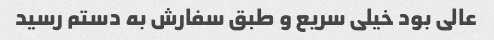
عالی بود خیلی سریع و طبق سفارش به دستم رسید